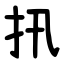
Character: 扟